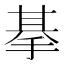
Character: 𢮜